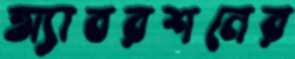
অ্যাবরশনের